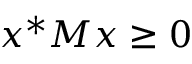
x ^ { * } M x \geq 0